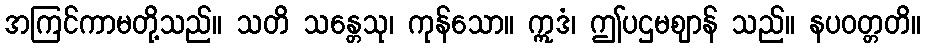
အကြင်ကာမတို့သည်။ သတိ သန္တေသု၊ ကုန်သော။ ဣဒံ၊ ဤပဌမဈာန် သည်။ နပဝတ္တတိ။